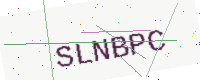
Text: SLNBPC